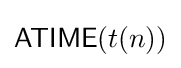
{\mathsf {ATIME}}(t(n))